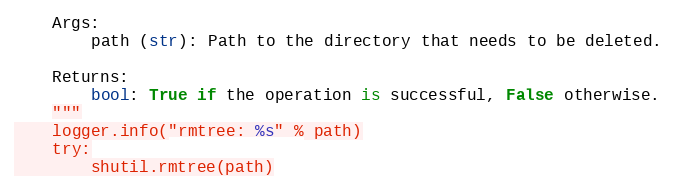
Language: Python
    Args:
        path (str): Path to the directory that needs to be deleted.

    Returns:
        bool: True if the operation is successful, False otherwise.
    """
    logger.info("rmtree: %s" % path)
    try:
        shutil.rmtree(path)